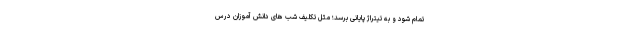
تمام شود و به تیتراژ پایانی برسد؛ مثل تکلیف شب های دانش آموزان درس